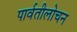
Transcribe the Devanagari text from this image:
पार्वतीलोचन